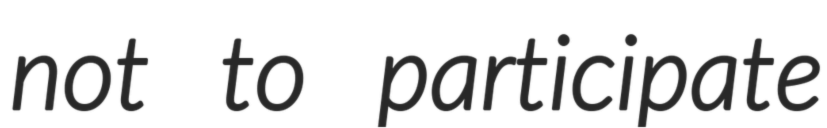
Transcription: not to participate